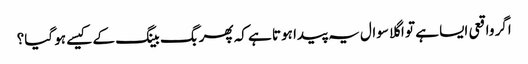
اگر واقعی ایسا ہے تو اگلا سوال یہ پیدا ہوتا ہے کہ پھر بگ بینگ کے کیسے ہو گیا؟